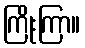
ကြိုးကြာ။